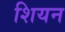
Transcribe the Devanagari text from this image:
शियन